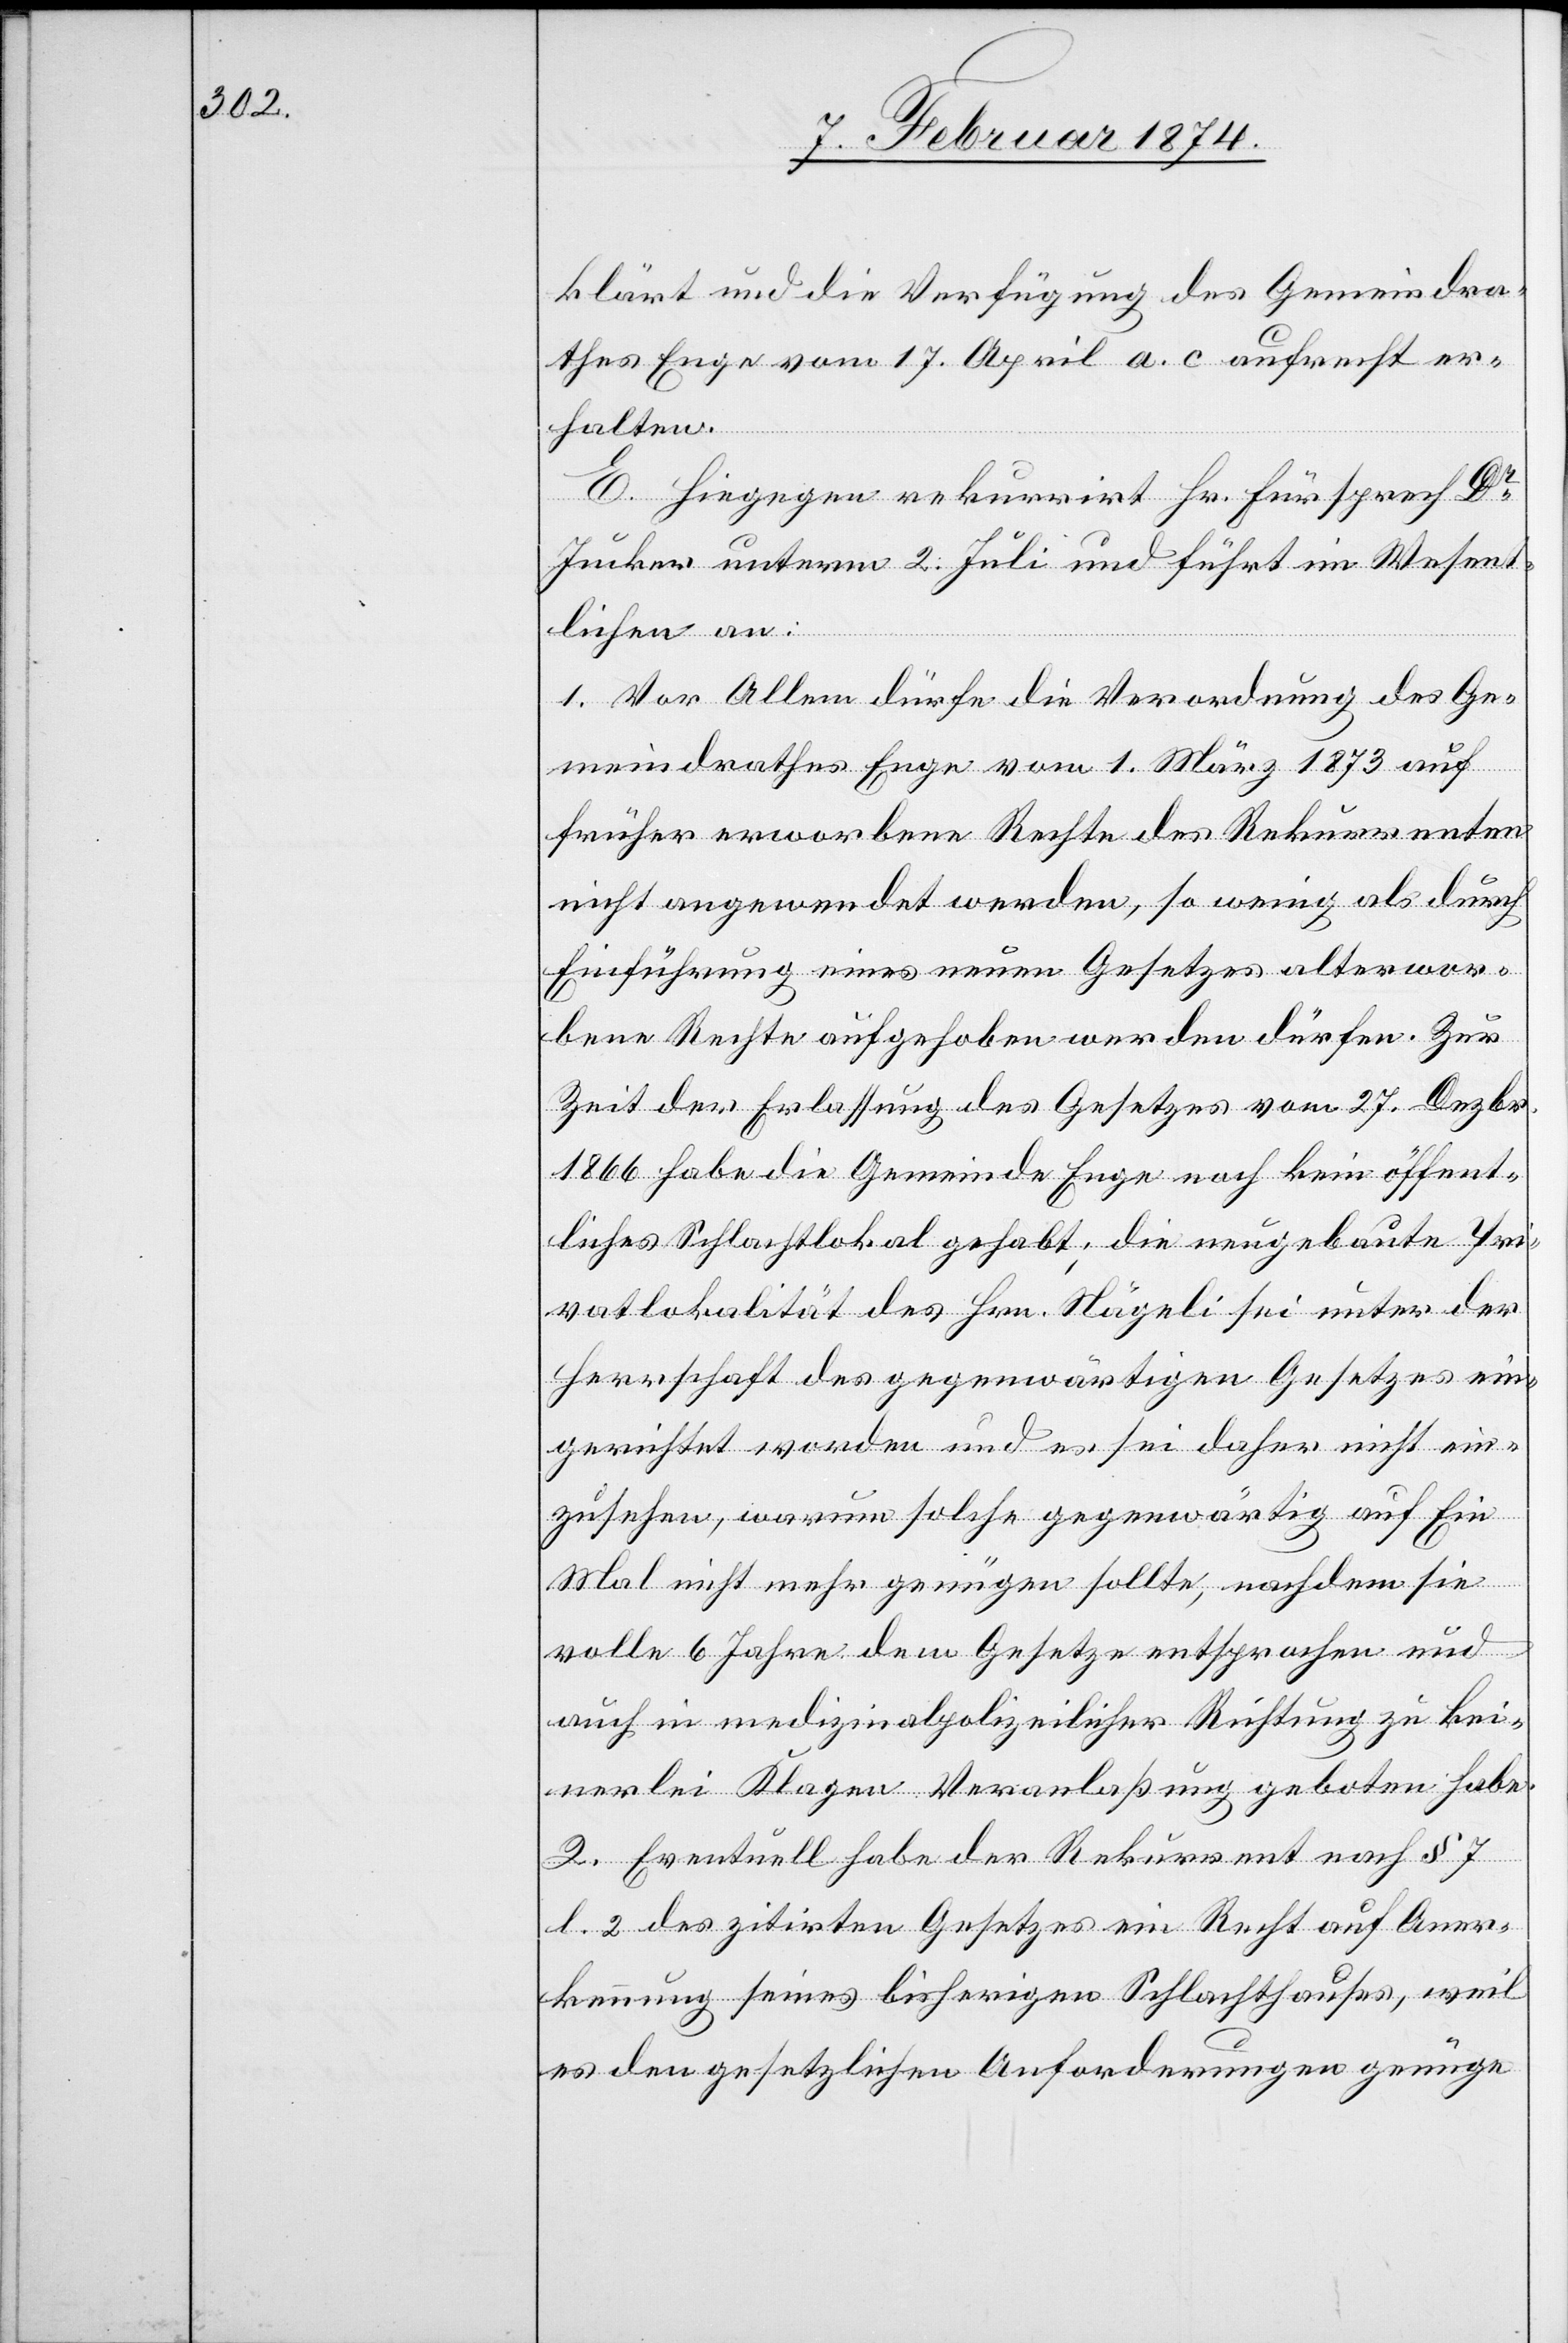
klärt und die Verfügung des Gemeindra¬
thes vom 17. April a. c. aufrecht er¬
halten.
E. Hingegen rekurrirt Hr. Fürsprech Dr
Jucker unterm 2. Juli und führt im Wesent¬
lichen an:
1. Vor Allem dürfe die Verordnung des Ge¬
meindrathes Enge vom 1. März 1873 auf
früher erworbene Rechte des Rekurrenten
nicht angewendet werden, so wenig als durch
Einführung eines neuen Gesetzes alterwor¬
bene Rechte aufgehoben werden dürfen. Zur
Zeit der Erlassung des Gesetzes vom 27. Dezbr.
1866 habe die Gemeinde noch kein öffent¬
liches Schlachtlokal gehabt; die neugebaute Pri¬
vatlokalität des Hrn. Nägeli sei unter der
Herrschaft des gegenwärtigen Gesetzes ein¬
gerichtet worden und es sei daher nicht ein¬
zusehen, warum solche gegenwärtig auf Ein
Mal nicht mehr genügen sollte; nachdem sie
volle 6 Jahre dem Gesetze entsprechen und
auch in medizinalpolizeilicher Richtung zu kei¬
nerlei Klagen Veranlaßung geboten habe.
2. Eventuell habe der Rekurrent nach § 7
l. 2 des zitirten Gesetzes ein Recht auf Aner¬
kennung seines bisherigen Schlachthauses, weil
es den gesetzlichen Anforderungen genüge